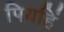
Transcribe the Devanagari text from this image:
पियहिं